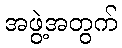
အဖွဲ့အတွက်